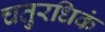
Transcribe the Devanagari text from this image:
चतुरधिकं